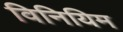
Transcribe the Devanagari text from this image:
विनियिम